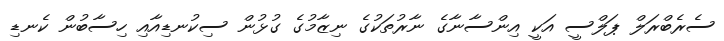
ސެރެބްރަލް ޕަލްސީ އަކީ އިންސާނާގެ ނާރުތަކުގެ ނިޒާމުގެ ގުޅުން ސިކުނޑިއާއި ހިސާބުން ކެނޑި